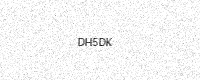
Text: DH5DK